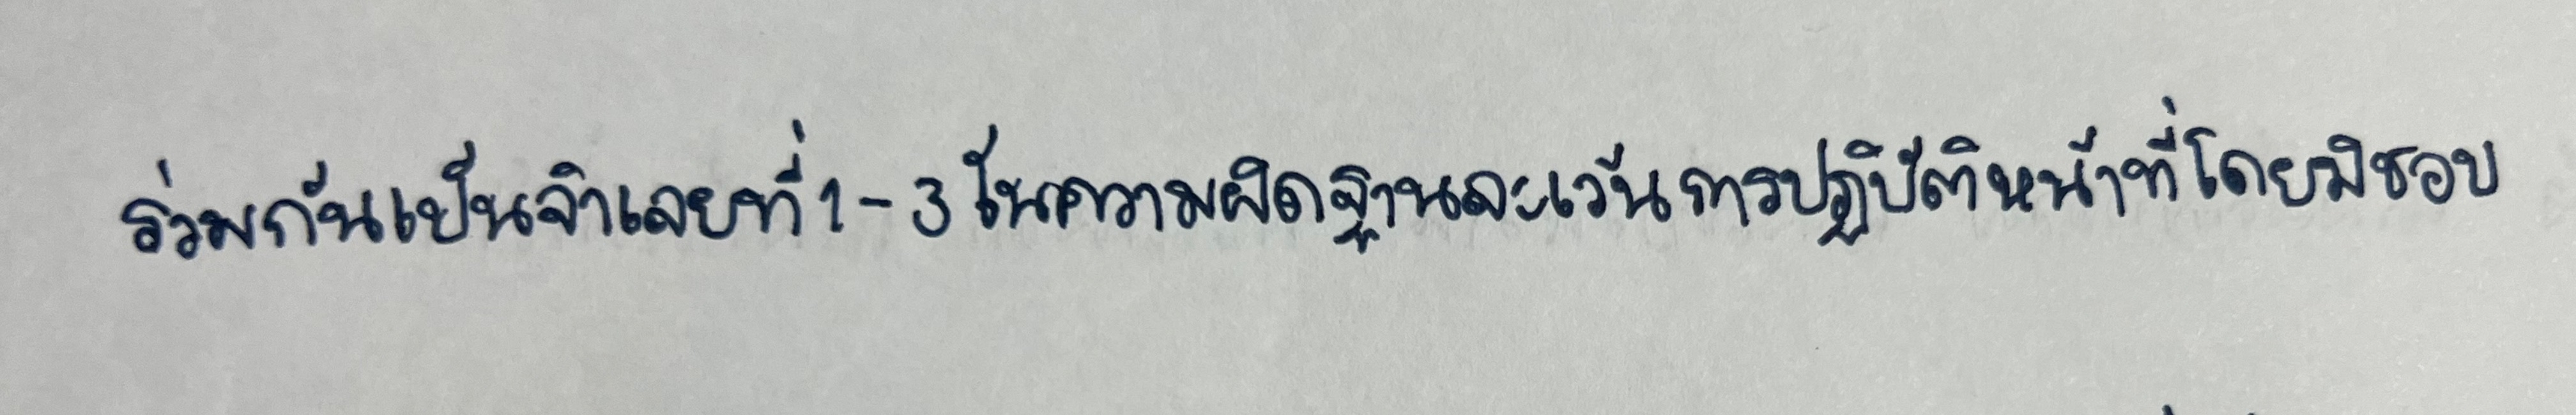
ร่วมกันเป็นจำเลยที่1-3ในความผิดฐานละเว้นการปฏิบัติหน้าที่โดยมิชอบ